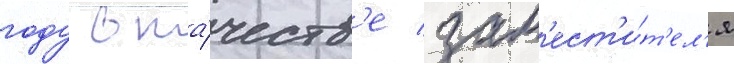
году в ка́честв'е зам'ест'и́т'ел'я